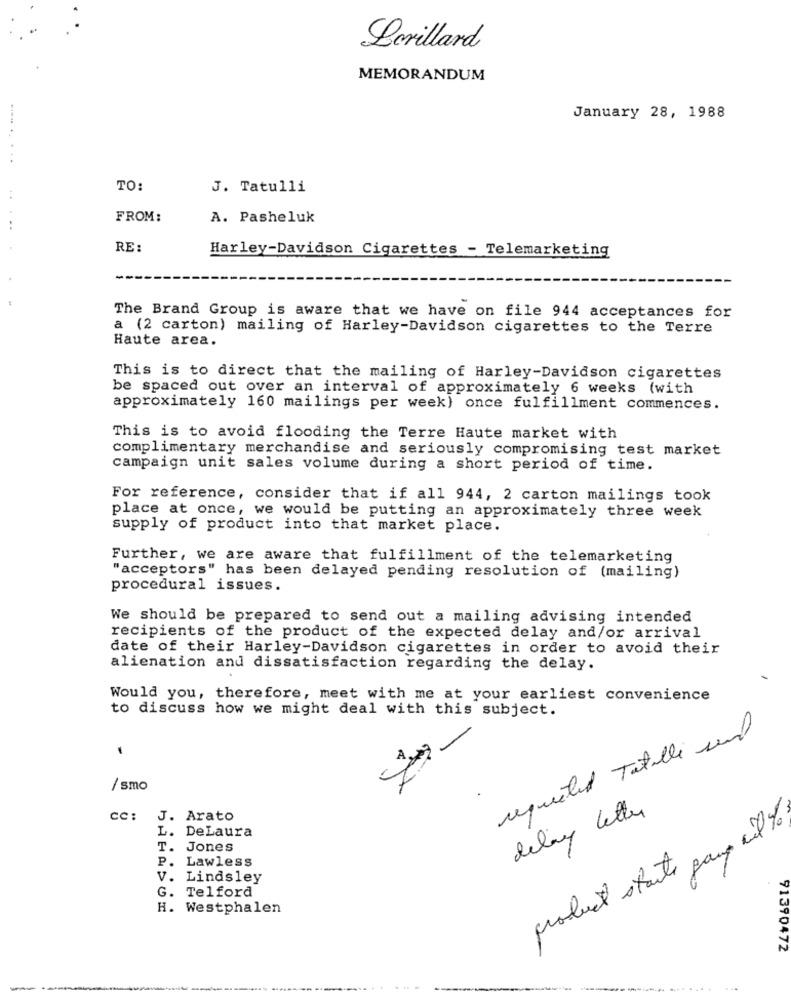
Lorillard
MEMORANDUM
January 28, 1988
TO:
J. Tatulli
FROM:
A. Pasheluk
..
RE:
Harley-Davidson Cigarettes - Telemarketing
The Brand Group is aware that we have on file 944 acceptances for
a (2 carton) mailing of Harley-Davidson cigarettes to the Terre
Haute area.
This is to direct that the mailing of Harley-Davidson cigarettes
be spaced out over an interval of approximately 6 weeks (with
approximately 160 mailings per week) once fulfillment commences.
This is to avoid flooding the Terre Haute market with
complimentary merchandise and seriously compromising test market
campaign unit sales volume during a short period of time.
For reference, consider that if all 944, 2 carton mailings took
place at once, we would be putting an approximately three week
supply of product into that market place.
Further, we are aware that fulfillment of the telemarketing
"acceptors" has been delayed pending resolution of (mailing)
procedural issues.
We should be prepared to send out a mailing advising intended
recipients of the product of the expected delay and/or arrival
date of their Harley-Davidson cigarettes in order to avoid their
alienation and dissatisfaction regarding the delay.
Would you, therefore, meet with me at your earliest convenience
to discuss how we might deal with this subject.
requested Tatille und
/ smo
delay letter
cc :
J. Arato
product starts gang wil to
L. DeLaura
T. Jones
P. Lawless
V. Lindsley
G. Telford
H. Westphalen
91390472
....